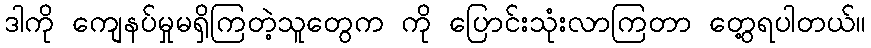
ဒါကို ကျေနပ်မှုမရှိကြတဲ့သူတွေက ကို ပြောင်းသုံးလာကြတာ တွေ့ရပါတယ်။